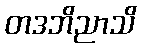
တဒဘိညာသိ